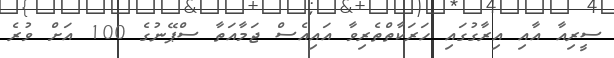
ސީރިއާ އާއި އިރާގުގައި ހަރަކާތްތެރިވާ އައިއެސް ޖަމާއަތާ ސްޕޭނުގެ 100 އަށް ވުރެ